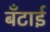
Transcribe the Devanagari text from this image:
बँटाई